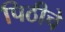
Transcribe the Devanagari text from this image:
पिठीचे